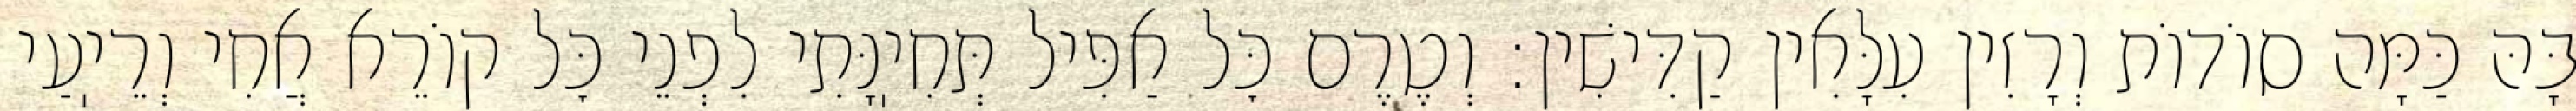
בָּהּ כַּמָּה סוֹדוֹת וְרָזִין עִלָּאִין קַדִּישִׁין: וְטֶרֶם כׇּל אַפִּיל תְּחִיֽנָּתִי לִפְנֵי כׇּל קוֹרֵא אֲחִי וְרֵיֽעַי